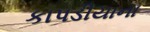
કાપડીયાના